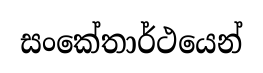
සංකේතාර්ථයෙන්